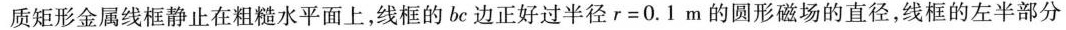
质矩形金属线框静止在粗糙水平面上，线框的bc边正好过半径$$r = 0 . 1 m$$的圆形磁场的直径，线框的左半部分